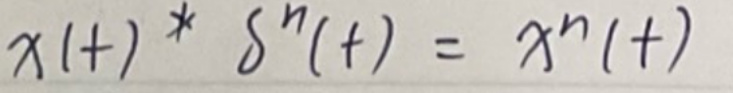
\[
x(t) * \delta^{(n)}(t)=x^{(n)}(t)
\]